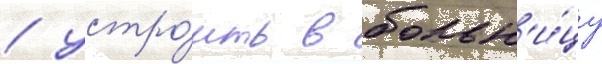
/ устро́ить в больн'и́цу